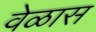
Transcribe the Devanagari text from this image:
वेळास